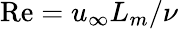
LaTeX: \mathrm{Re}=u_{\infty}L_{m}/\nu